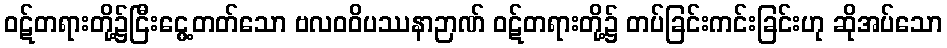
ဝဋ်တရားတို့၌ငြီးငွေ့တတ်သော ဗလဝဝိပဿနာဉာဏ် ဝဋ်တရားတို့၌ တပ်ခြင်းကင်းခြင်းဟု ဆိုအပ်သော